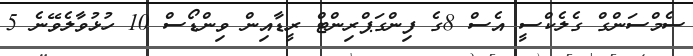
ސެމްސަންގް ގެލެކްސީ އެސް 8ގެ ފިންގަޕްރިންޓް ރީޑާއިން ވިންޑޯސް 10 ހުޅުވާލެވޭނެ 5